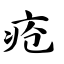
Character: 疮